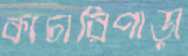
কাচারিপাড়া